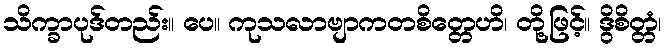
သိက္ခာပုဒ်တည်း။ ပေ။ ကုသလာဗျာကတစိတ္တေဟိ၊ တို့ဖြင့်။ ဒွိစိတ္တံ၊